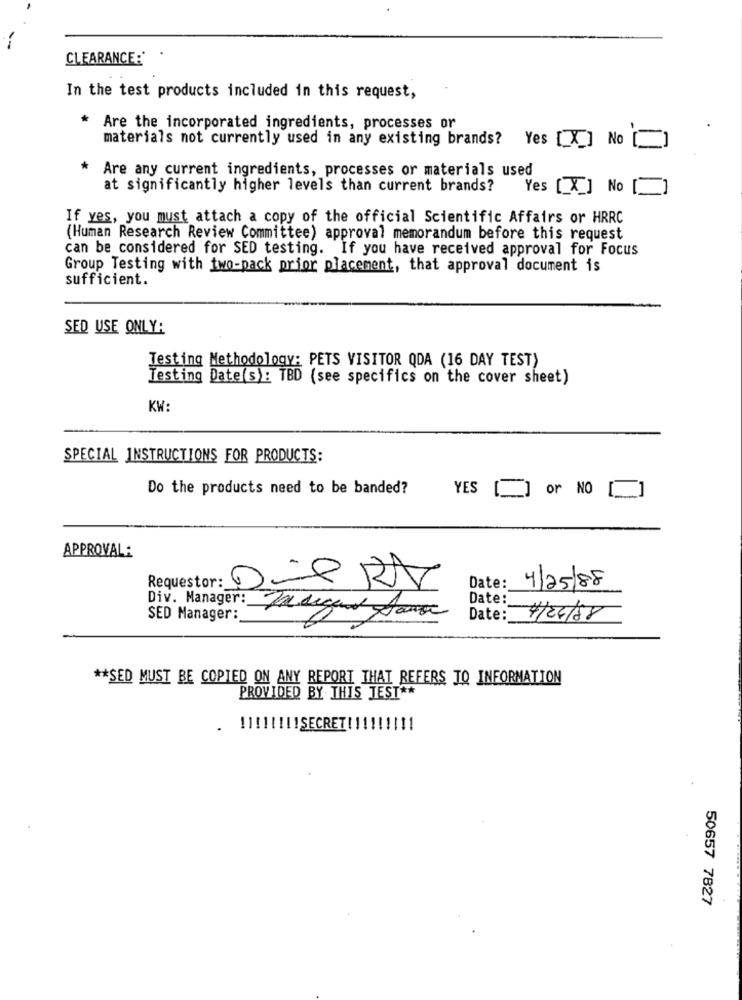
CLEARANCE:"
In the test products included in this request,
* Are the incorporated ingredients, processes or
materials not currently used in any existing brands? Yes [ X ]
No
Are any current ingredients, processes or materials used
at significantly higher levels than current brands?
Yes [ X ] No
If yes, you must attach a copy of the official Scientific Affairs or HRRC
(Human Research Review Committee) approval memorandum before this request
can be considered for SED testing. If you have received approval for Focus
Group Testing with two-pack prior placement, that approval document is
sufficient.
SED USE ONLY:
Testing Methodology: PETS VISITOR QDA (16 DAY TEST)
Testing Date(s): TBD (see specifics on the cover sheet)
KW:
SPECIAL INSTRUCTIONS FOR PRODUCTS:
Do the products need to be banded?
YES [ ] or NO
APPROVAL:
Requestor:
Date:
4/25/88
Date:
SED Manager:
Date:
4/24/88
** SED MUST BE COPIED ON ANY REPORT THAT REFERS TO INFORMATION
PROVIDED BY THIS TEST **
!1!11111SECRET! !!!!!
11
50657 7827